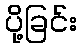
ပို့ခြင်း